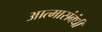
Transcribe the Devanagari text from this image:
आत्मासंबंधी